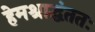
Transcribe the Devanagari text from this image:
हेमश्राद्धंततः